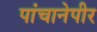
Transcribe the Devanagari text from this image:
पांचानेपीर